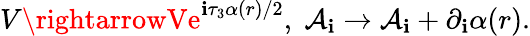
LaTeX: V\rightarrowVe^{\mathbf{i}\tau_{3}\alpha(r)/2},\; {\mathcal{{A}}}_{\mathbf{i}}\rightarrow{\mathcal{{A}}}_{\mathbf{i}}+\partial_{\mathbf{i}}\alpha(r).